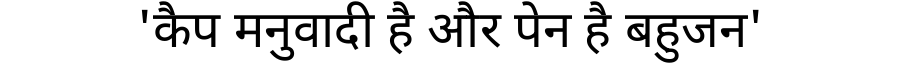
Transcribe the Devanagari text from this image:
'कैप मनुवादी है और पेन है बहुजन'